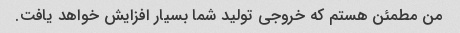
من مطمئن هستم که خروجی تولید شما بسیار افزایش خواهد یافت.